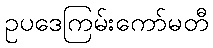
ဥပဒေကြမ်းကော်မတီ